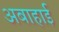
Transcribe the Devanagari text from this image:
अबाहाई